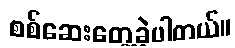
စစ်ဆေးတွေ့ခဲ့ပါတယ်။